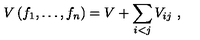
V \left( f _ { 1 } , \dots , f _ { n } \right) = V + \sum _ { i < j } V _ { i j } \ ,